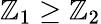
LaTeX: \mathbb{Z}_{1}\geq\mathbb{Z}_{2}